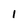
Character: 1